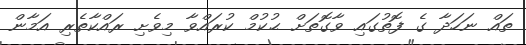
ތައް ނަހަދާ ގެ ފޮތުގައި ވާގޮތަށް ޙުކުމް ކުރައްވާ މިވެށި ރައްކާތެރި އަމާން